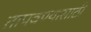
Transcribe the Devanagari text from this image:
तापवण्यासाठी